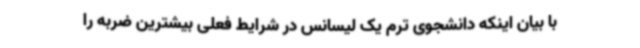
با بیان اینکه دانشجوی ترم یک لیسانس در شرایط فعلی بیشترین ضربه را